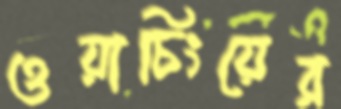
ওয়াচিংয়ের